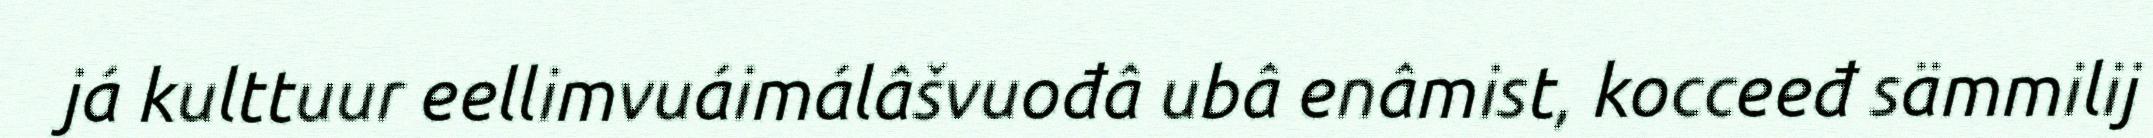
já kulttuur eellimvuáimálâšvuođâ ubâ enâmist, kocceeđ sämmilij